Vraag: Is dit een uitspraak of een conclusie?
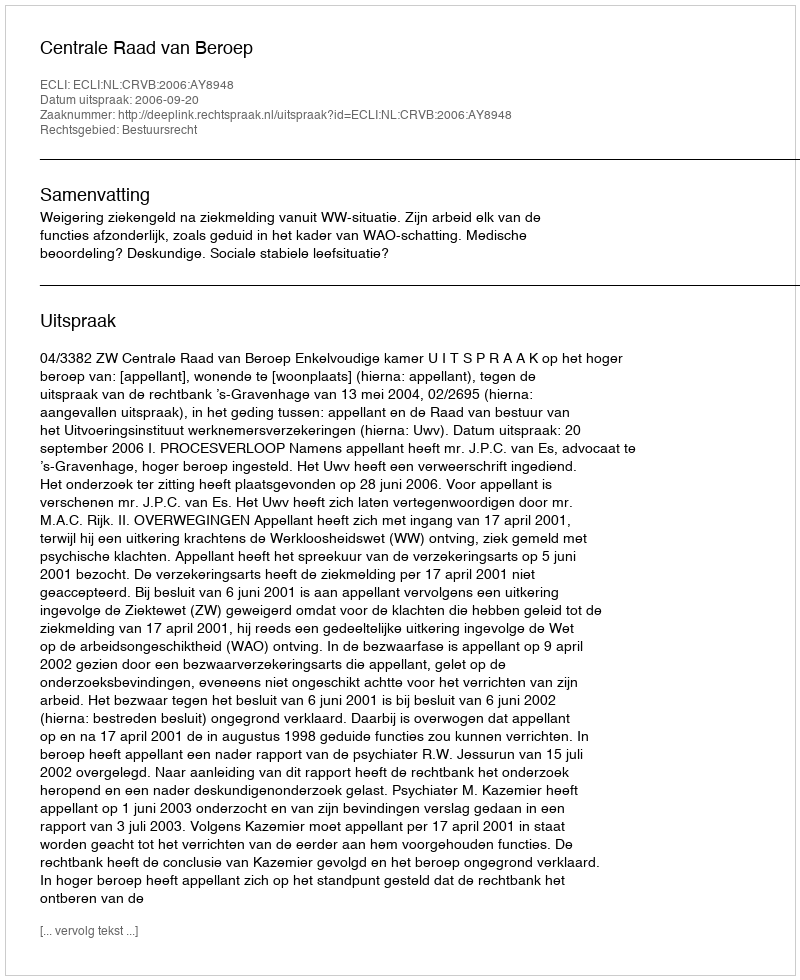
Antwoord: Uitspraak